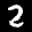
Label: 2